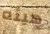
هيئه